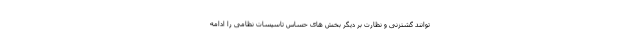
توانند گشتزنی و نظارت بر دیگر بخش های حساس تاسیسات نظامی را ادامه